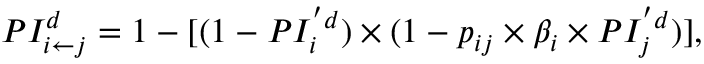
P I _ { i \leftarrow j } ^ { d } = 1 - [ ( 1 - P I _ { i } ^ { ' d } ) \times ( 1 - p _ { i j } \times \beta _ { i } \times P I _ { j } ^ { ' d } ) ] ,